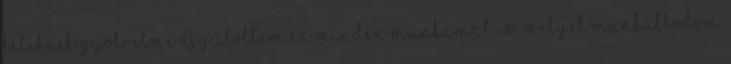
léleknek gyötrelme Gyûlöltem én minden munkámat is, melyet munkálkodom